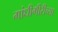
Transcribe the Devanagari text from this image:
गांधीगीरीच्या